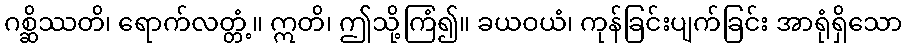
ဂစ္ဆိဿတိ၊ ရောက်လတ္တံ့။ ဣတိ၊ ဤသို့ကြံ၍။ ခယဝယံ၊ ကုန်ခြင်းပျက်ခြင်း အာရုံရှိသော